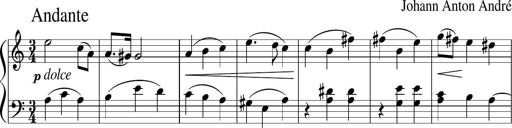
Title: 6 Progressive Sonatinas
Composer: Johann Anton AndrÃ©